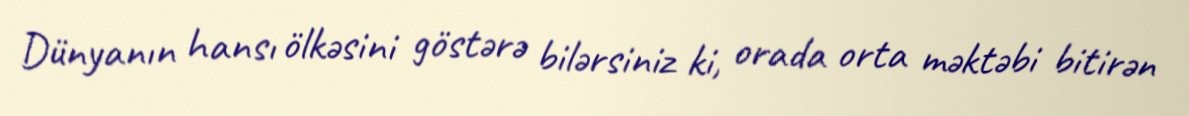
Dünyanın hansı ölkəsini göstərə bilərsiniz ki, orada orta məktəbi bitirən